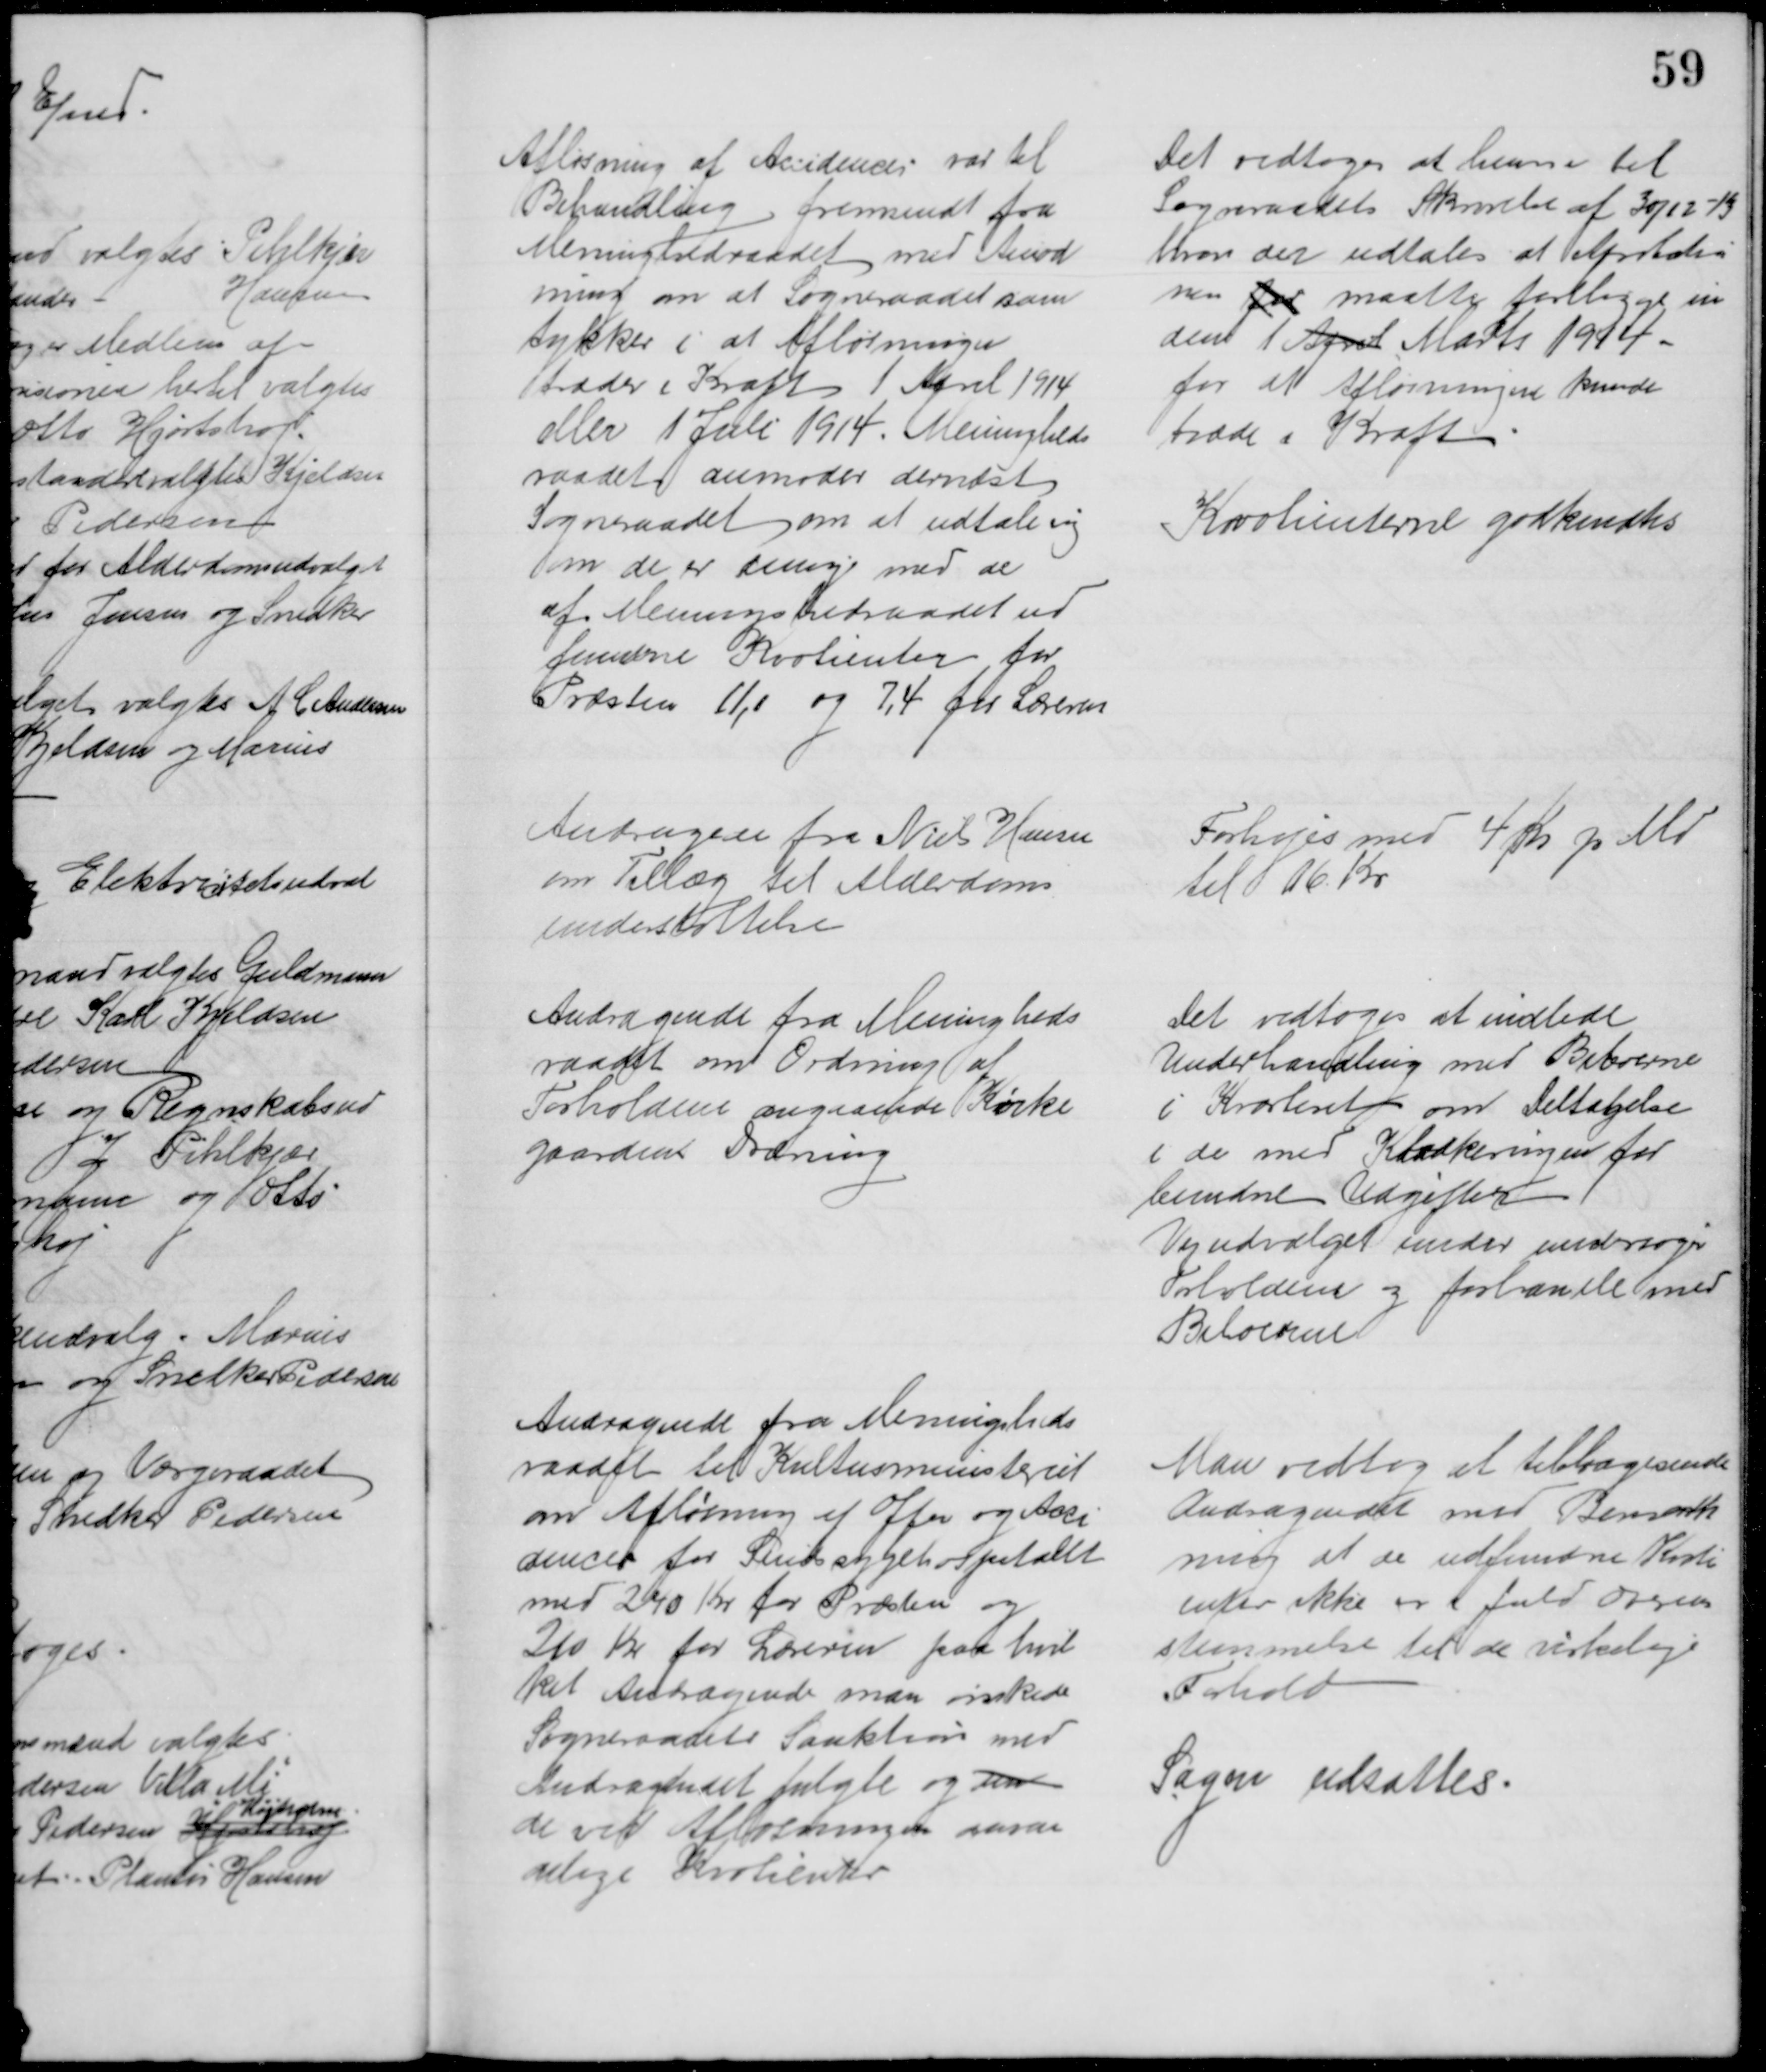
Transskription:
Afløsning af Accidencer var til
Behandling fremsendt fra
Meninghedraadet med Amod
ning om at Sogneraadet sam
tykker i at Afløsninger
træder i Kraft 1 April 1914
eller 1 Juli 1914. Meningheds
raadet anmoder dernæst
Sogneraadet om at udtale sig 
om de er enige med de
af Meningshedsraadet ud
fundne Kvotienter for
Præsten 11,0 og 7,4 for Læreren
Det vedtoges at henvise til
Sogneraadets Skrivelse af 30/12-13
hvor der udtales at Aprobatio
nen for maatte foreligge in 
den 1 April Marts 1914
for at Afløsningere kunde
træde i Kraft
Kvotienterne godkendtes
Andragen fra Niels Hansen
om Tillæg til Alderdoms
understøttelse
Forhøjes med 4 Kr pr Md
til 16 Kr
Andragende fra Meningheds
raadet om Ordning af 
Forholdene angaaende Kirke
gaardens Dræning
Det vedtoges at indlede
Underhandling med Beboerne
i Kvarteret om Deltagelse
i de med Kloakeringen for 
bundne Udgifter
Vejudvalget under undersøger 
Forholdene og forhandl med
Beboerne
Andragende fra Meningsheds
raadet til Kultusministeriet
om Afløsning af Offer og Acci
dencer for Sindssygehospitalet
med 240 Kr for Præsten og
210 Kr for Læreren paa hvil
ket Andragende man ønskede
Sogneraadets Sanktion med
Andragendet fulgte og en
de ved Afløsningen ansa
delige Kvotienter
Man vedtog at tilbagesende
Andragendet med Bemærk
ning at de udfundne Kvoti
enter ikke er i fuld overens
stemmelse til de virkelige
Forhold
Sagen udsattes.